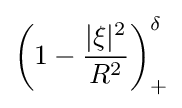
\left(1-{\frac {|\xi |^{2}}{R^{2}}}\right)_{+}^{\delta }